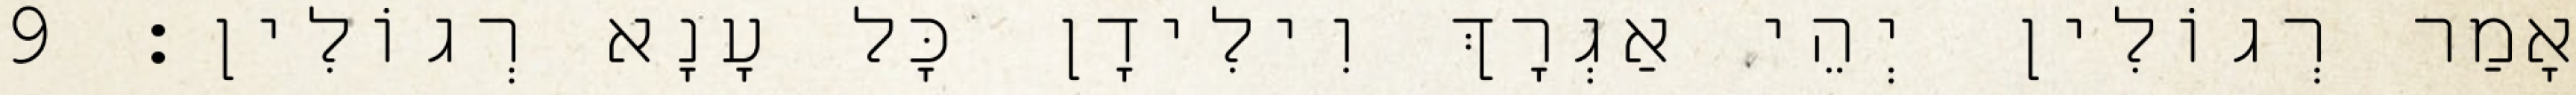
אָמַר רְגוֹלִין יְהֵי אַגְרָךְ וִילִידָן כָּל עָנָא רְגוֹלִין׃ 9